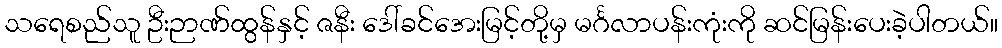
သရေစည်သူ ဦးဉာဏ်ထွန်နှင့် ဇနီး ဒေါ်ခင်အေးမြင့်တို့မှ မင်္ဂလာပန်းကုံးကို ဆင်မြန်းပေးခဲ့ပါတယ်။